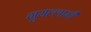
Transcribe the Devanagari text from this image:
गुयल्लामी